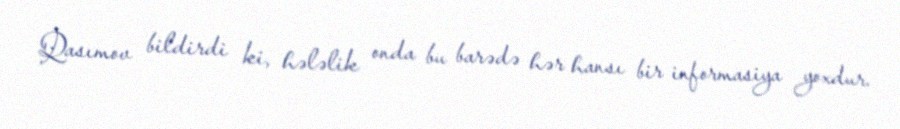
Qasımov bildirdi ki, hələlik onda bu barədə hər hansı bir informasiya yoxdur.